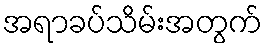
အရာခပ်သိမ်းအတွက်